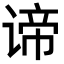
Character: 谛